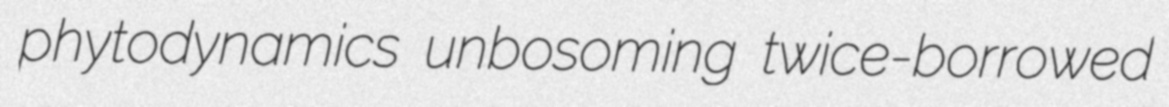
phytodynamics unbosoming twice-borrowed